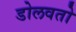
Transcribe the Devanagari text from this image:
डोलवतो